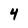
Character: 4